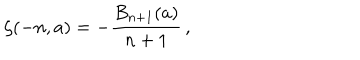
\zeta ( - n , a ) = - \frac { B _ { n + 1 } ( a ) } { n + 1 } \, ,